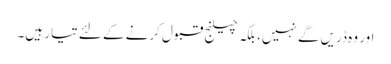
اور وہ ڈریں گے نہیں، بلکہ چیلنج قبول کرنے کے لئے تیار ہیں۔